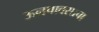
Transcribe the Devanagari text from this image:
ऊनपावसाचा